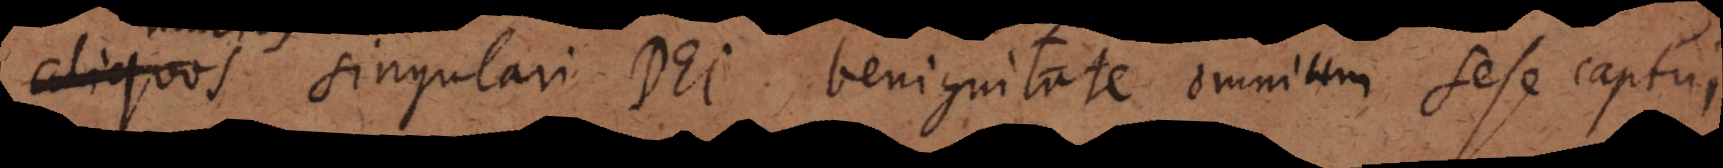
multos, singulari Dei benignitate omnium sese captu